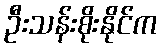
ဦးသန်းစိုးနိုင်က